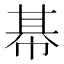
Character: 𢃛